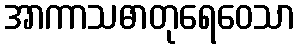
အာကာသဓာတုရေဝေသာ